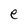
Character: e